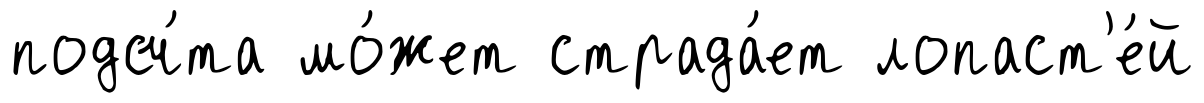
подсч́та мо́жет страда́ет лопаст'е́й